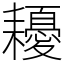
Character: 耰